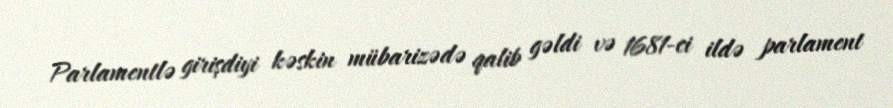
Parlamentlə girişdiyi kəskin mübarizədə qalib gəldi və 1681-ci ildə parlament